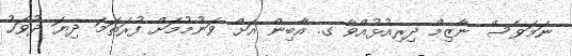
ނަމަވެސް ނާޒިމް ދިރިއުޅުއްވާ ގ. އާބިން އަށް ވަނުމުމަށް ފުރަތަމަ ދިޔަ ދުވަހު